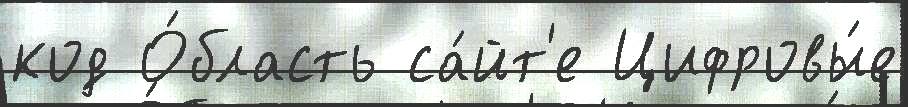
код О́бласть са́йт'е Цифровы́е